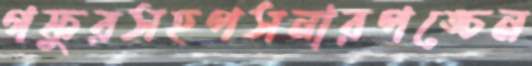
গফুরসহপসনারপঙ্চেন